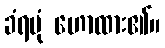
ခံရပုံ ဟောထား၏။